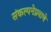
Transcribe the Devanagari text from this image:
संकल्पनेप्रमाणे